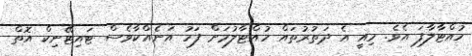
ހުއްޓާލާފަ އެވެ. މިއީ އެ ދަތުރުތައް ހުއްޓާލުމަށް ފަހު އަނެއްކާވެސް ޓައިޓޭނިކް އޮތް